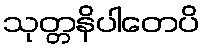
သုတ္တနိပါတေပိ